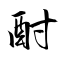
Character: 酎